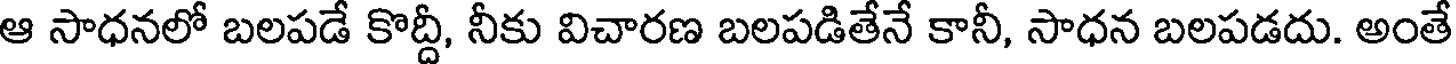
ఆ సాధనలో బలపడే కొద్దీ, నీకు విచారణ బలపడితేనే కానీ, సాధన బలపడదు. అంతే